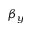
\beta _ { y }